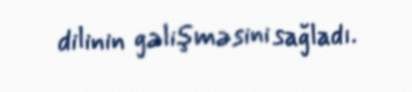
dilinin gəlişməsini sağladı.